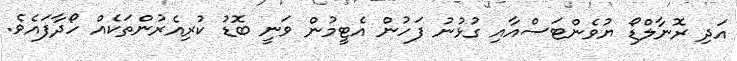
އަދި ރޮނާލްޑޯ ޔުވެންޓަސްއާއި ގުޅުނު ފަހުން އެޓީމުން ވަނީ ބޮޑު ކުރިއެރުންތަކެއް ހޯދާފައެވެ.